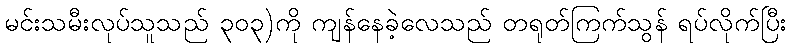
မင်းသမီးလုပ်သူသည် ၃၀၃)ကို ကျန်နေခဲ့လေသည် တရုတ်ကြက်သွန် ရပ်လိုက်ပြီး